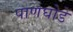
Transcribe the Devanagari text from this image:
पाणघोडे